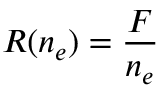
R ( n _ { e } ) = { \frac { F } { n _ { e } } }